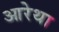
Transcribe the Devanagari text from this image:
आरेथा